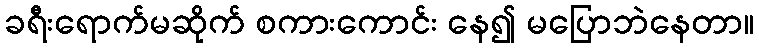
ခရီးရောက်မဆိုက် စကားကောင်း နေ၍ မပြောဘဲနေတာ။